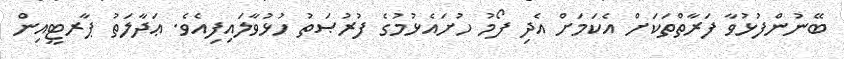
ބޭނުންފުޅުވާ ފަރާތްތަކަށް އެކަމަށް އެދި ފޯމު ހުށައެޅުމުގެ ފުރުޞަތު ހުޅުވާލައިފިއެވެ. ޢަދާލަތު ޕާރޓީއިން